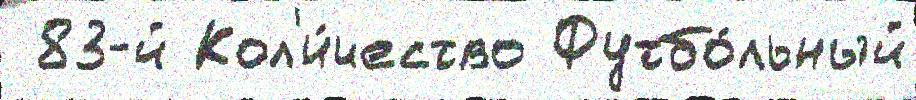
 83-й Кол'и́чество Футбо́льный